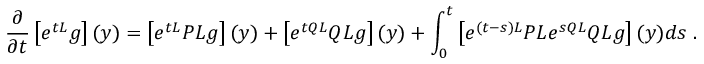
\frac { \partial } { \partial t } \left[ e ^ { t { \cal L } } g \right] ( y ) = \left[ e ^ { t { \cal L } } P { \cal L } g \right] ( y ) + \left[ e ^ { t Q { \cal L } } Q { \cal L } g \right] ( y ) + \int _ { 0 } ^ { t } \left[ e ^ { ( t - s ) { \cal L } } P { \cal L } e ^ { s Q { \cal L } } Q { \cal L } g \right] ( y ) d s \; .